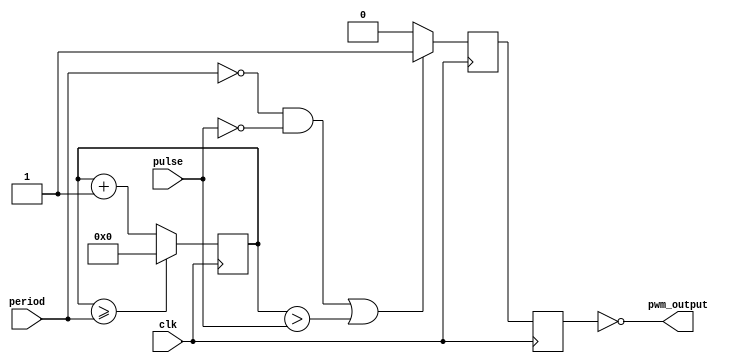
// servo PWM module
// basically, you have a major period, which is approx. 20 ms (50Hz)
// and then a pulse, which has a tmin ~ 1ms duration
// and a tmax ~ 2ms duration
// and you want to subdivide the pulse by some number of ticks

// we have a 26 MHz clock available which should theoretically give 
// us 38ns resolution if this is done right.

// let's assume the 26 MHz clock is a given, fixed, and invariant.
//
// first, we need to have a mechanism to tell us when 20 ms has passed.
// when that has passed, we then want to count out a period of time
// which corresponds to tmin + pwmval * delta, 
// where pwmval * delta < (tmax - tmin)

module servo_pwm(
		 input wire clk, // 26 MHz
		 input wire [23:0] period,
		 input wire [23:0] pulse,
		 output wire pwm_output
	       );
   
   reg [23:0] 		     period_cnt;
   reg 			     pwm_state;
   reg 			     pwm_deglitch;
   
   always @(posedge clk) begin
      if( period_cnt[23:0] >= period[23:0] ) begin
	 period_cnt <= 24'h0;
      end else begin
	 period_cnt <= period_cnt + 1;
      end
   end // always @ (posedge clk or posedge reset)

   always @(posedge clk) begin
      if( (!period && !pulse) || (period_cnt > pulse) ) begin
	 pwm_state <= 1;
      end else begin
	 pwm_state <= 0;
      end
      
      pwm_deglitch <= pwm_state;
   end // always @ (posedge clk or posedge reset)

   assign pwm_output = !pwm_deglitch;
   
endmodule // servo_pwm